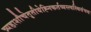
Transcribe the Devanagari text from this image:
त्र्यहाशौचेतृतीयेह्निकर्तव्यस्त्वस्थिसंचयः